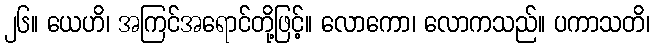
၂၆။ ယေဟိ၊ အကြင်အရောင်တို့ဖြင့်။ လောကော၊ လောကသည်။ ပကာသတိ၊